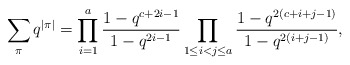
\begin{align*} \sum_\pi q^{\vert\pi\vert}=\prod _{i=1} ^{a}\frac {1-q^{c+2i-1}} {1-q^{2i-1}}\prod _{1\le i<j\le a} ^{}\frac {1-q^{2(c+i+j-1)}} {1-q^{2(i+j-1)}} ,\end{align*}